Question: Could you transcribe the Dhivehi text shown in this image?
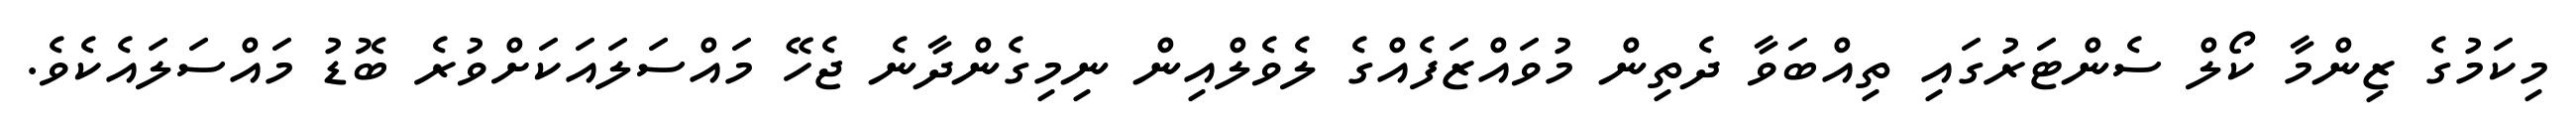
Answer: މިކަމުގެ ޒިންމާ ކޯލް ސެންޓަރުގައި ތިއްބަވާ ދެތިން މުވައްޒަފެއްގެ ލެވެލްއިން ނިމިގެންދާނެ ޖެހޭ މައްސަލައަކަށްވުރެ ބޮޑު މައްސަލައެކެވެ.